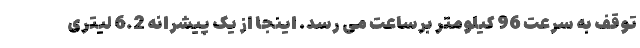
توقف به سرعت 96 کیلومتر برساعت می رسد. اینجا از یک پیشرانه 6.2 لیتری